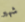
شهير